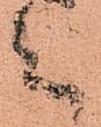
之